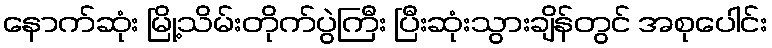
နောက်ဆုံး မြို့သိမ်းတိုက်ပွဲကြီး ပြီးဆုံးသွားချိန်တွင် အစုပေါင်း